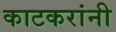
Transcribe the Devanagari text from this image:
काटकरांनी